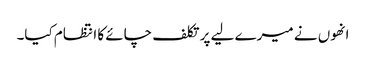
انھوں نے میرے لیے پر تکلف چائے کا انتظام کیا۔